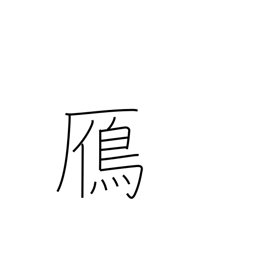
Meaning: wild goose